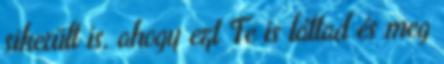
sikerült is, ahogy ezt Te is láttad és meg